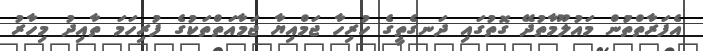
އެފަރާތްތަުން މައުލޫމާތުދޭ ގޮތުގައި ދަނގެތީގެ ހުރިހާ ޖަމްއިޔާ ޖަމާއަތްތަކުގެ ފުރިހަމަ ތާއިދު މިހާރު